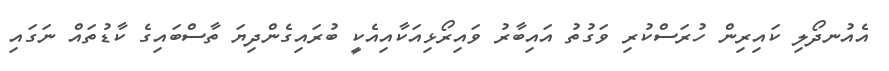
އެއުނދޯލި ކައިރިން ހުރަސްކުރި ވަގުތު އައިބާރު ވައިރޯޅިއަކާއިއެކީ ބުރައިގެންދިޔަ ތާސްބައިގެ ކާޑުތައް ނަގައި